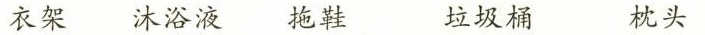
衣架 沐浴液 拖鞋 垃圾桶 枕头